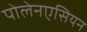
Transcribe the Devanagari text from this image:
पोलेनएसियन